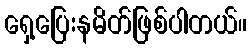
ရှေ့ပြေးနမိတ်ဖြစ်ပါတယ်။